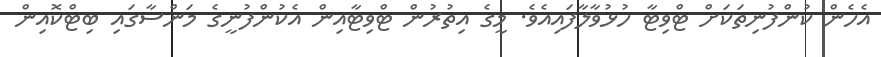
އެހެން ކުންފުނިތަކަށް ޓްވިޓާ ހުޅުވާލާފައިއެވެ. މީގެ އިތުރުން ޓްވިޓާއިން އެކުންފުނީގެ މަންސާގައި ބިޓްކޮއިން